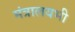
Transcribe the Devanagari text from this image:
मंत्रालयभी